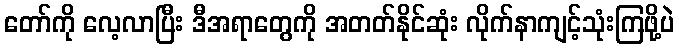
တော်ကို လေ့လာပြီး ဒီအရာတွေကို အတတ်နိုင်ဆုံး လိုက်နာကျင့်သုံးကြဖို့ပဲ